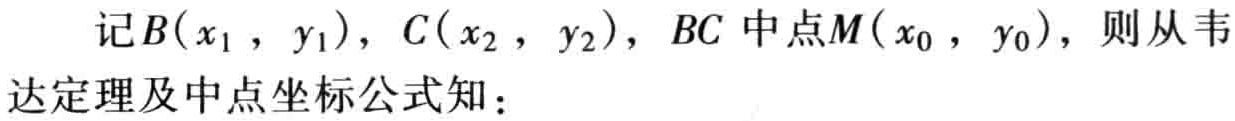
记$B(x_{1},y_{1})$，$C(x_{2},y_{2})$，$BC$中点$M(x_{0},y_{0})$，则从韦达定理及中点坐标公式知：